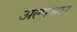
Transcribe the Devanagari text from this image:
अल्पभार